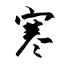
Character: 寒